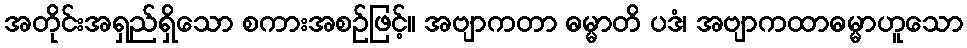
အတိုင်းအရှည်ရှိသော စကားအစဉ်ဖြင့်။ အဗျာကတာ ဓမ္မာတိ ပဒံ၊ အဗျာကထာဓမ္မာဟူသော